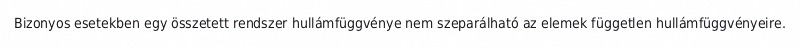
Bizonyos esetekben egy összetett rendszer hullámfüggvénye nem szeparálható az elemek független hullámfüggvényeire.